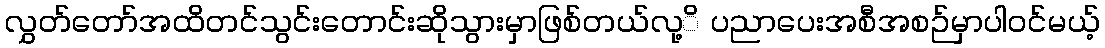
လွှတ်တော်အထိတင်သွင်းတောင်းဆိုသွားမှာဖြစ်တယ်လု့ိ ပညာပေးအစီအစဉ်မှာပါဝင်မယ့်